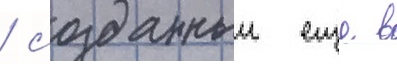
/ созданныи еще в